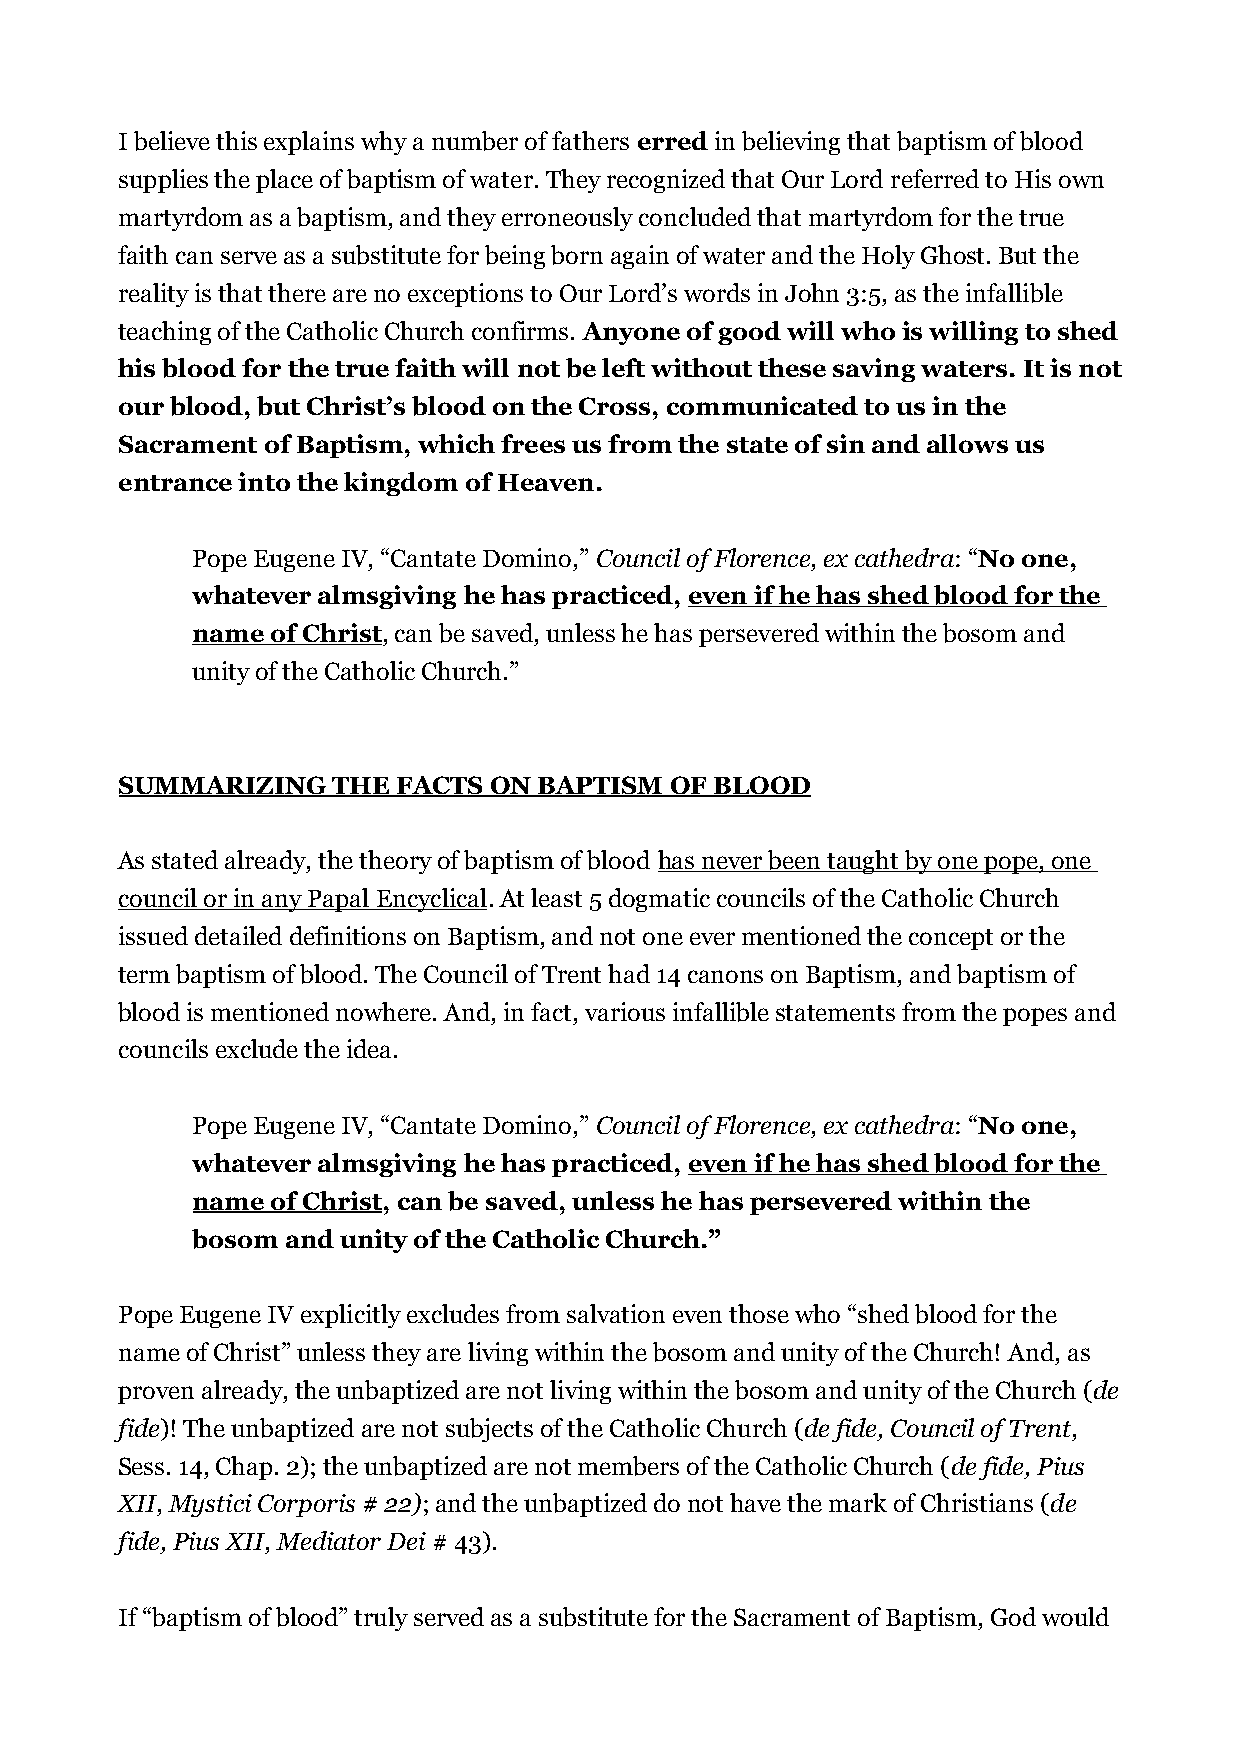
I believe this explains why a number of fathers erred in believing that baptism of blood
 supplies the place of baptism of water. They recognized that Our Lord referred to His own
 martyrdom as a baptism, and they erroneously concluded that martyrdom for the true
 faith can serve as a substitute for being born again of water and the Holy Ghost. But the
 reality is that there are no exceptions to Our Lord’s words in John 3:5, as the infallible
 teaching of the Catholic Church confirms. Anyone of good will who is willing to shed
 his blood for the true faith will not be left without these saving waters. It is not
 our blood, but Christ’s blood on the Cross, communicated to us in the
 Sacrament of Baptism, which frees us from the state of sin and allows us
 entrance into the kingdom of Heaven.
 Pope Eugene IV, “Cantate Domino,” Council of Florence, ex cathedra: “No one,
 whatever almsgiving he has practiced, even if he has shed blood for the
 name of Christ, can be saved, unless he has persevered within the bosom and
 unity of the Catholic Church.”
 SUMMARIZING   THE FACTS ON  BAPTISM OF BLOOD
 As stated already, the theory of baptism of blood has never been taught by one pope, one
 council or in any Papal Encyclical. At least 5 dogmatic councils of the Catholic Church
 issued detailed definitions on Baptism, and not one ever mentioned the concept or the
 term baptism of blood. The Council of Trent had 14 canons on Baptism, and baptism of
 blood is mentioned nowhere. And, in fact, various infallible statements from the popes and
 councils exclude the idea.
 Pope Eugene IV, “Cantate Domino,” Council of Florence, ex cathedra: “No one,
 whatever almsgiving he has practiced, even if he has shed blood for the
 name of Christ, can be saved, unless he has persevered within the
 bosom and unity of the Catholic Church.”
 Pope Eugene IV explicitly excludes from salvation even those who “shed blood for the
 name of Christ” unless they are living within the bosom and unity of the Church! And, as
 proven already, the unbaptized are not living within the bosom and unity of the Church (de
 fide)! The unbaptized are not subjects of the Catholic Church (de fide, Council of Trent,
 Sess. 14, Chap. 2); the unbaptized are not members of the Catholic Church (de fide, Pius
 XII, Mystici Corporis # 22); and the unbaptized do not have the mark of Christians (de
 fide, Pius XII, Mediator Dei # 43).
 If “baptism of blood” truly served as a substitute for the Sacrament of Baptism, God would